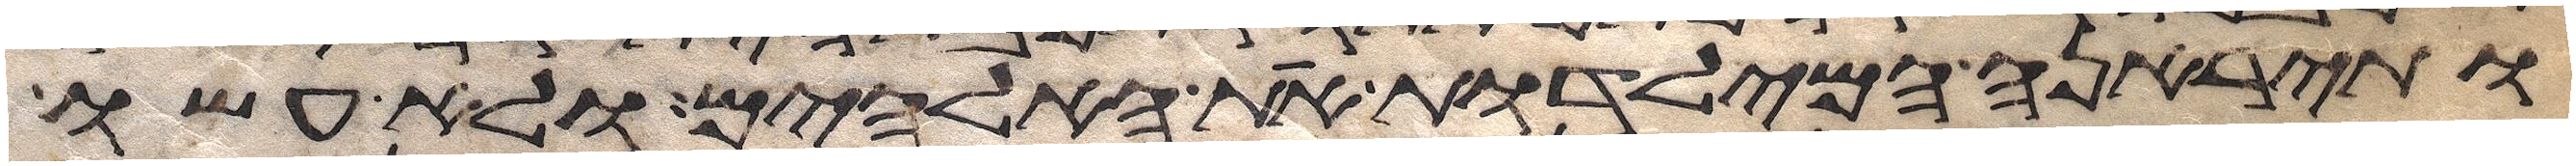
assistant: ותיראנה המילדות את האלהים ולא עשו